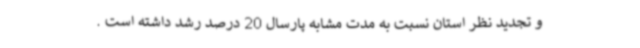
و تجدید نظر استان نسبت به مدت مشابه پارسال 20 درصد رشد داشته است .